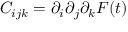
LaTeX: C _ { i j k } = \partial _ { i } \partial _ { j } \partial _ { k } F ( t )